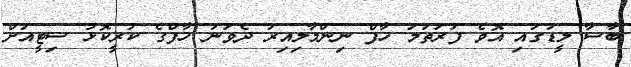
ބާސާ ލީޑުގައި އޮވެ ފުރަތަމަ ހާފް ނިންމާލިއިރު ދެވަނަ ހާފްގެ ކުރީކޮޅު ސިޓީއަށް